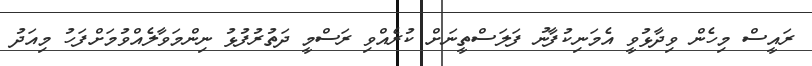
ރައީސް މިހެން ވިދާޅުވީ އެމަނިކުފާނު ފަލަސްތީނަށް ކުރެއްވި ރަސްމީ ދަތުރުފުޅު ނިންމަވާލެއްވުމަށްފަހު މިއަދު